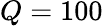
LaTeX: Q=100